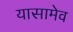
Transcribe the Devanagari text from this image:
यासामेव